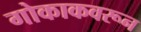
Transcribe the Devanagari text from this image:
गोकाकवरून